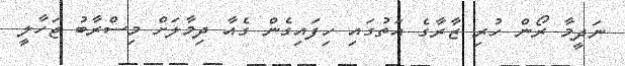
ނަދީމާ ރޯން ހުރި ޒާރާގެ އަތުގައި ހިފައިގެން ގެއާ ދިމާލަށް މިސްރާބު ޖަހާލީ